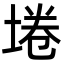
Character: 埢